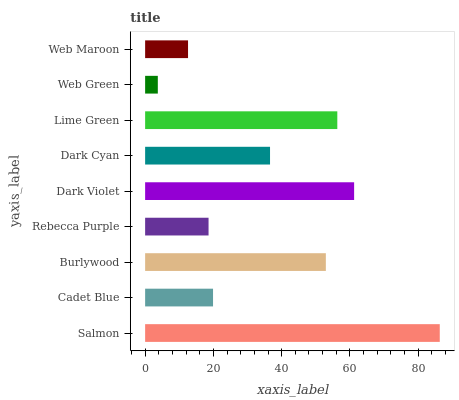
| yaxis_label | bars |
 | --- | --- |
 | Salmon | 86.3 |
 | Cadet Blue | 19.9 |
 | Burlywood | 53 |
 | Rebecca Purple | 18.6 |
 | Dark Violet | 61.2 |
 | Dark Cyan | 36.6 |
 | Lime Green | 56.3 |
 | Web Green | 3.72 |
 | Web Maroon | 12.6 |